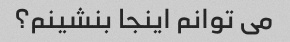
می توانم اینجا بنشینم؟